Medical and sanitary report of the native army of Bengal for the year
Year: 1877
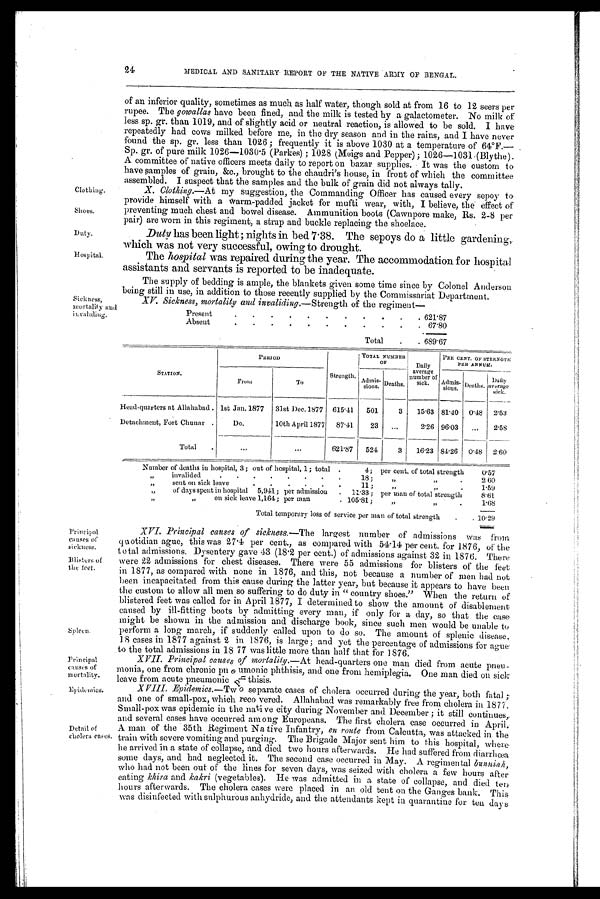
Principal
causes of
Sickness.
Blisters of
the feet.
Spleen,
Principal
causes of
mortality.
Epidemies.
24
MEDICAL AND SANITARY REPORT OF THE NATIVE ARMY OF BENGAL.
Clothing .
Shoes.,
Duty.
Hospital.
Sick ness,
mortality and invaliding.
of an inferior quality, sometimes as much as half water, though sold at from 16 to 12 seers per
rupee. The gowallas have been fined, and the milk is tested by a galactometer. No milk of
less sp. gr. than 1019, and of slightly acid or neutral reaction, is allowed to be sold. I have
repeatedly had cows milked before me, in the dry season and in the rains, and I have never
found the sp. gr. less than 1026; frequently it is above 1030 at a temperature of 64°F.—
Sp. gr. of pure milk 1026-1030.5 (Parkes); 1028 (Meigs and Pepper); 1026-1031 (Blythe).
A committee of native officers meets daily to report on bazar supplies. It was the custom to
have samples of grain, &c., brought to the chaudri's house, in front of which the committee
assembled. I suspect that the samples and the bulk of grain did not always tally.
X. Clothing.—At my suggestion, the Commanding Officer has caused every sepoy to
provide himself with a warm-padded jacket for mufti wear, with, I believe, the effect of
preventing much chest and bowel disease. Ammunition boots (Cawnpore make, Rs. 2-8 per
pair) are worn in this regiment, a strap and buckle replacing the shoelace.
Duty has been light ; nights in bed 7.38. The sepoys do a little gardening,
which was not very successful, owing to drought.
The hospital was repaired during the year. The accommodation for hospital
assistants and servants is reported to be inadequate.
The supply of bedding is ample, the blankets given some time since by Colonel Anderson
being still in use, in addition to those recently supplied by the Commissariat Department.
X.V. Sickness. mortality and invaliding.—Strength of the regiment
—
Present
.
.
.
.
.
. .
.
.
.
. 621.87
Absent
. .
. .
.
.
.
.
.
.
. 6 7 . 8 0
Total
.
. 689.67
S T A T I O N .
P E R I O D
Strength.
TOTAL NUMBER
OF
Daily
average
number of
sick.
PEE CENT. OF
S T R E N G T H P E R A N N U M .
F r o m
To
Admis-
sions. Deaths.
Admis- sions. Deaths.
D a i l y a v e r a g e s i c k .
Head-quarters at Allahabad. 1st Jan. 1877 31st Dec.1877 615.41 501
3
15.63 81.40 0.48 2.53
Detachment, Fort Chunar .
Do.
10th April 1877 87.41
23 ...
2.26 96.03
...
2.58
Total
.
...
. . .
621.87
524
3
16.23 84.26 0.48 2.60
Detail of
cholera cases.
Number of deaths in hospital, 3; out of hospital, 1; total .
4; per cent. of total strength
0.57
" „
invalided
.
.
.
.
.
.
. .
18;
"
"
..
2.60
"
sent on sick leave
.
.
.
.
. .
11;
" „
" „
..
1.59
"
of days spent in hospital 5,941; per admission . 11.33; per man of total strength
8.61
"
"
on sick leave 1,161; per man
. 105.81;
"
"
.
1.68
Total temporary loss of service per man of total strength
. 10.29
XVI. Principal causes of sickness. —The largest number of admissions was from
quotidian ague, this was 27.4 per cent., as compared with 54.14 per cent. for 1876, of the
total admissions. Dysentery gave 43 (18.2 per cent.) of admissions against 32 in 1876. There
were 22 admissions for chest diseases. There were 55 admissions for blisters of the feet
in 1877, as compared with none in 1876, and this, not because a number of men had not
been incapacitated from this cause during the latter year, but because it appears to have been
the custom to allow all men so suffering to do duty in "country shoes." When the return of
blistered feet was called for in April 1877, I determined to show the amount of disablement
caused by ill-fitting boots by admitting every man, if only for a day, so that the case
might be shown in the admission and discharge book, since such men would be unable to
perform a long march, if suddenly called upon to do so. The amount of splenic disease,
18 cases in 1877 against 2 in 1876, is large; and yet the percentage of admissions for
ague the total admissions in 18 77 was little more than half that for 1876.
XVII. Principal causes of mortality. —At head-quarters one man died from acute pneu--
monia, one from chronic pneumonic phthisis, and one from hemiplegia. One man died on sick
leave from acute pneumonic Phthisis.
XVIII. Epidemics.—Two separate cases of cholera occurred during the year, both fatal;
and one of small-pox, which recovered. Allahabad was remarkably free from cholera in 1877.
Small-pox was epidemic in the native city during November and December; it still continues,
and several cases have occurred among Europeans. The first cholera case occurred in April.
A man of the 35th Regiment Na- tive Infantry, e n r o u t e
f r o m C a l c u t t a , w a s a t t a c k e d i n t h e
train with severe vomiting and purging. The Brigade Major sent him to this hospital, where
he arrived in a state of collapse, and died two hours afterwards. He had suffered from diarrhœa
some days, and had neglected it. The second case occurred in May. A regimental bunniah,
who had not been out of the lines for seven days, was seized with cholera a few hours after
eating khira and kakri (vegetables). He was admitted in a state of collapse, and died ten
hours afterwards. The cholera cases were placed in an old tent on the Ganges bank. This
was disinfected with sulphurous anhydride, and the attendants kept in quarantine for ten days